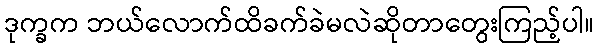
ဒုက္ခက ဘယ်လောက်ထိခက်ခဲမလဲဆိုတာတွေးကြည့်ပါ။